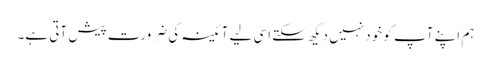
ہم اپنے آپ کو خود نہیں دیکھ سکتے اسی لیے آئینہ کی ضرورت پیش آتی ہے۔